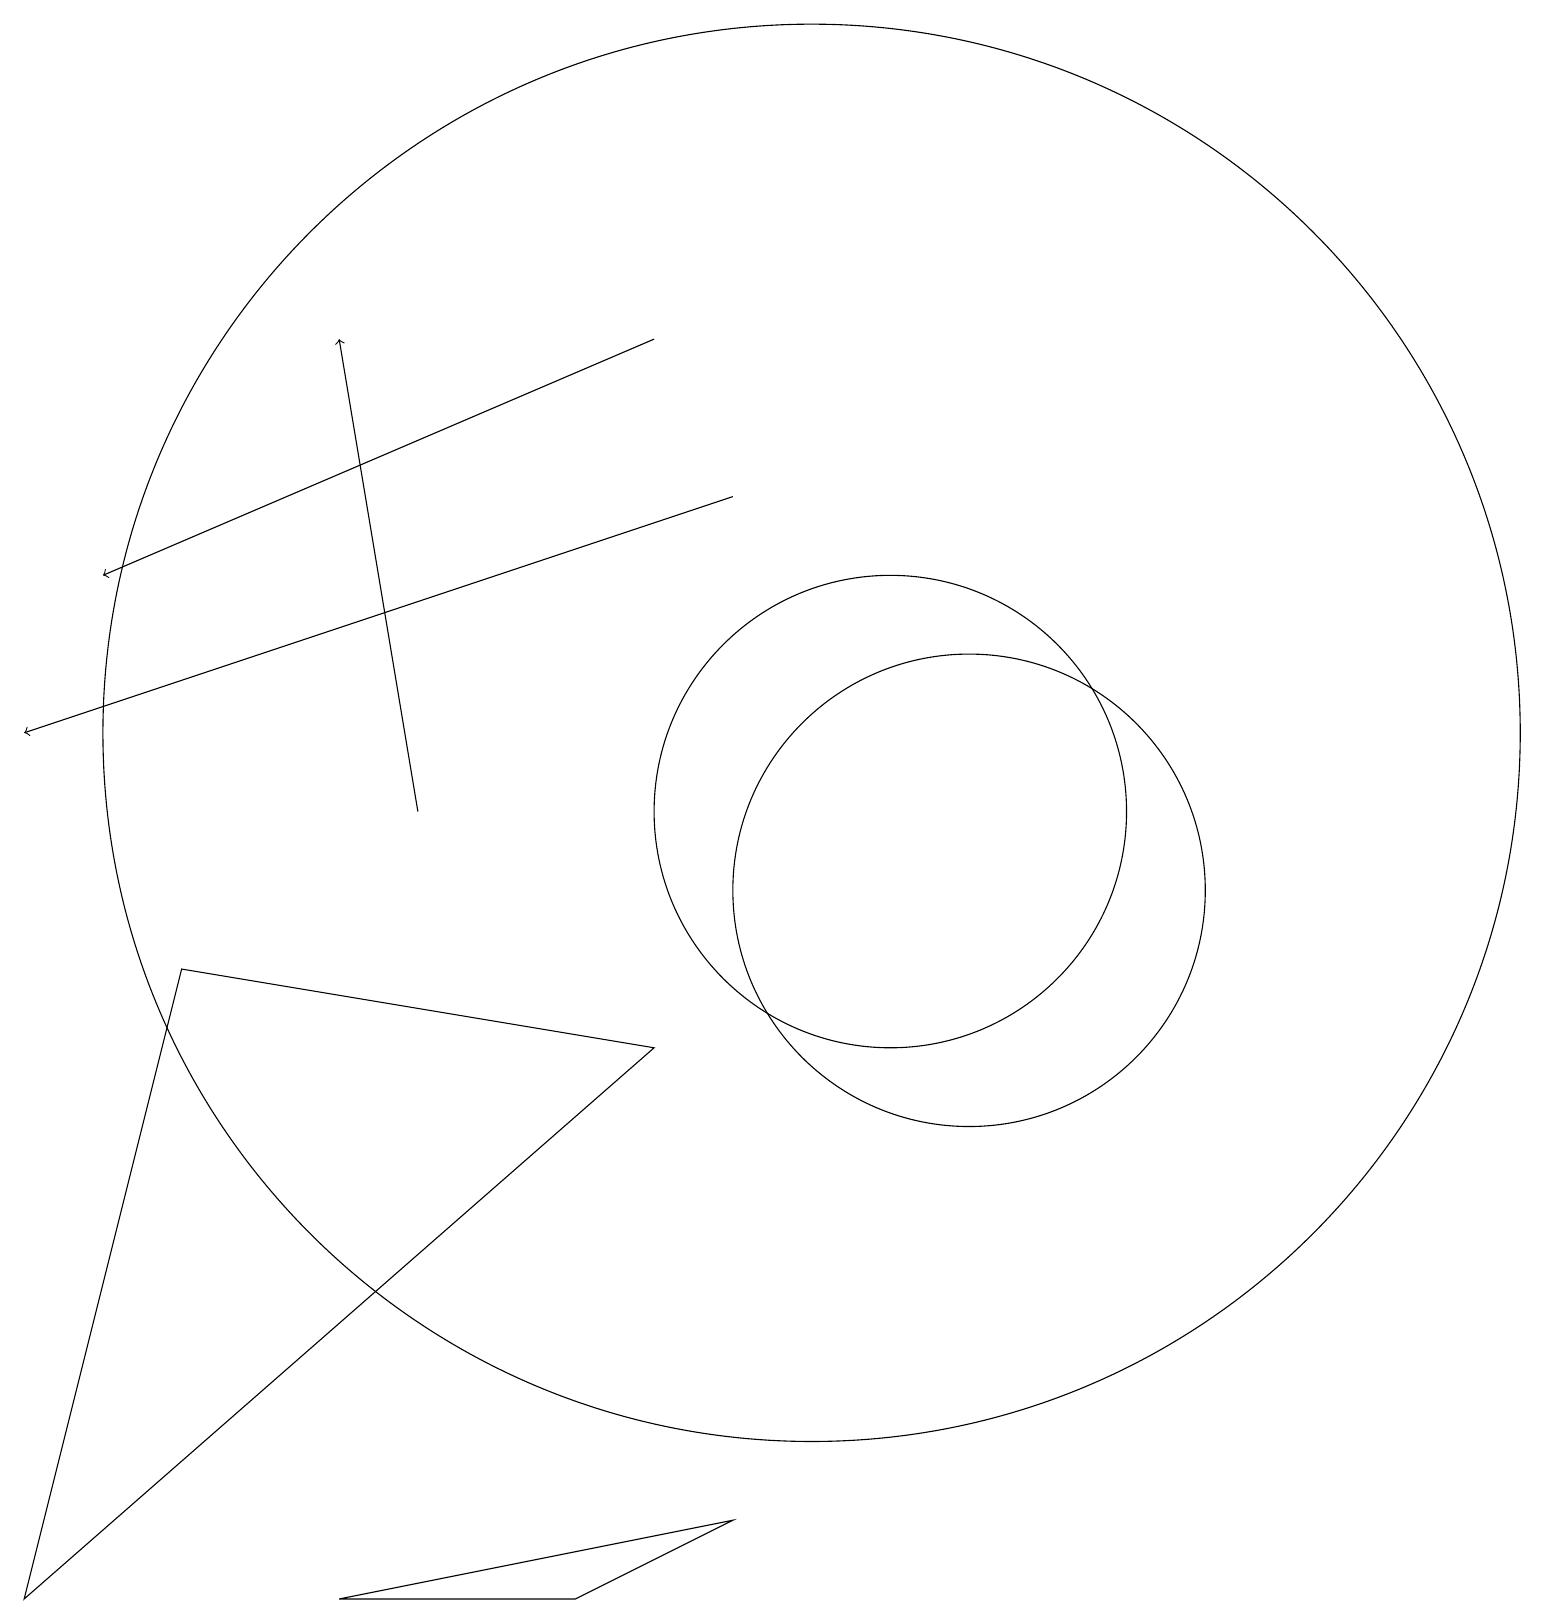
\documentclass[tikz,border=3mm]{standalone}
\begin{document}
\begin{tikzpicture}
\draw[->] (9,15) -- (0,12);
\draw (12,10) circle (3);
\draw[->] (8,17) -- (1,14);
\draw[->] (5,11) -- (4,17);
\draw (10,12) circle (9);
\draw (7,1) -- (4,1) -- (9,2) -- cycle;
\draw (0,1) -- (8,8) -- (2,9) -- cycle;
\draw (11,11) circle (3);
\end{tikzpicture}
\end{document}